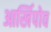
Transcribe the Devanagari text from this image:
आर्खिपोव